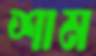
শাম